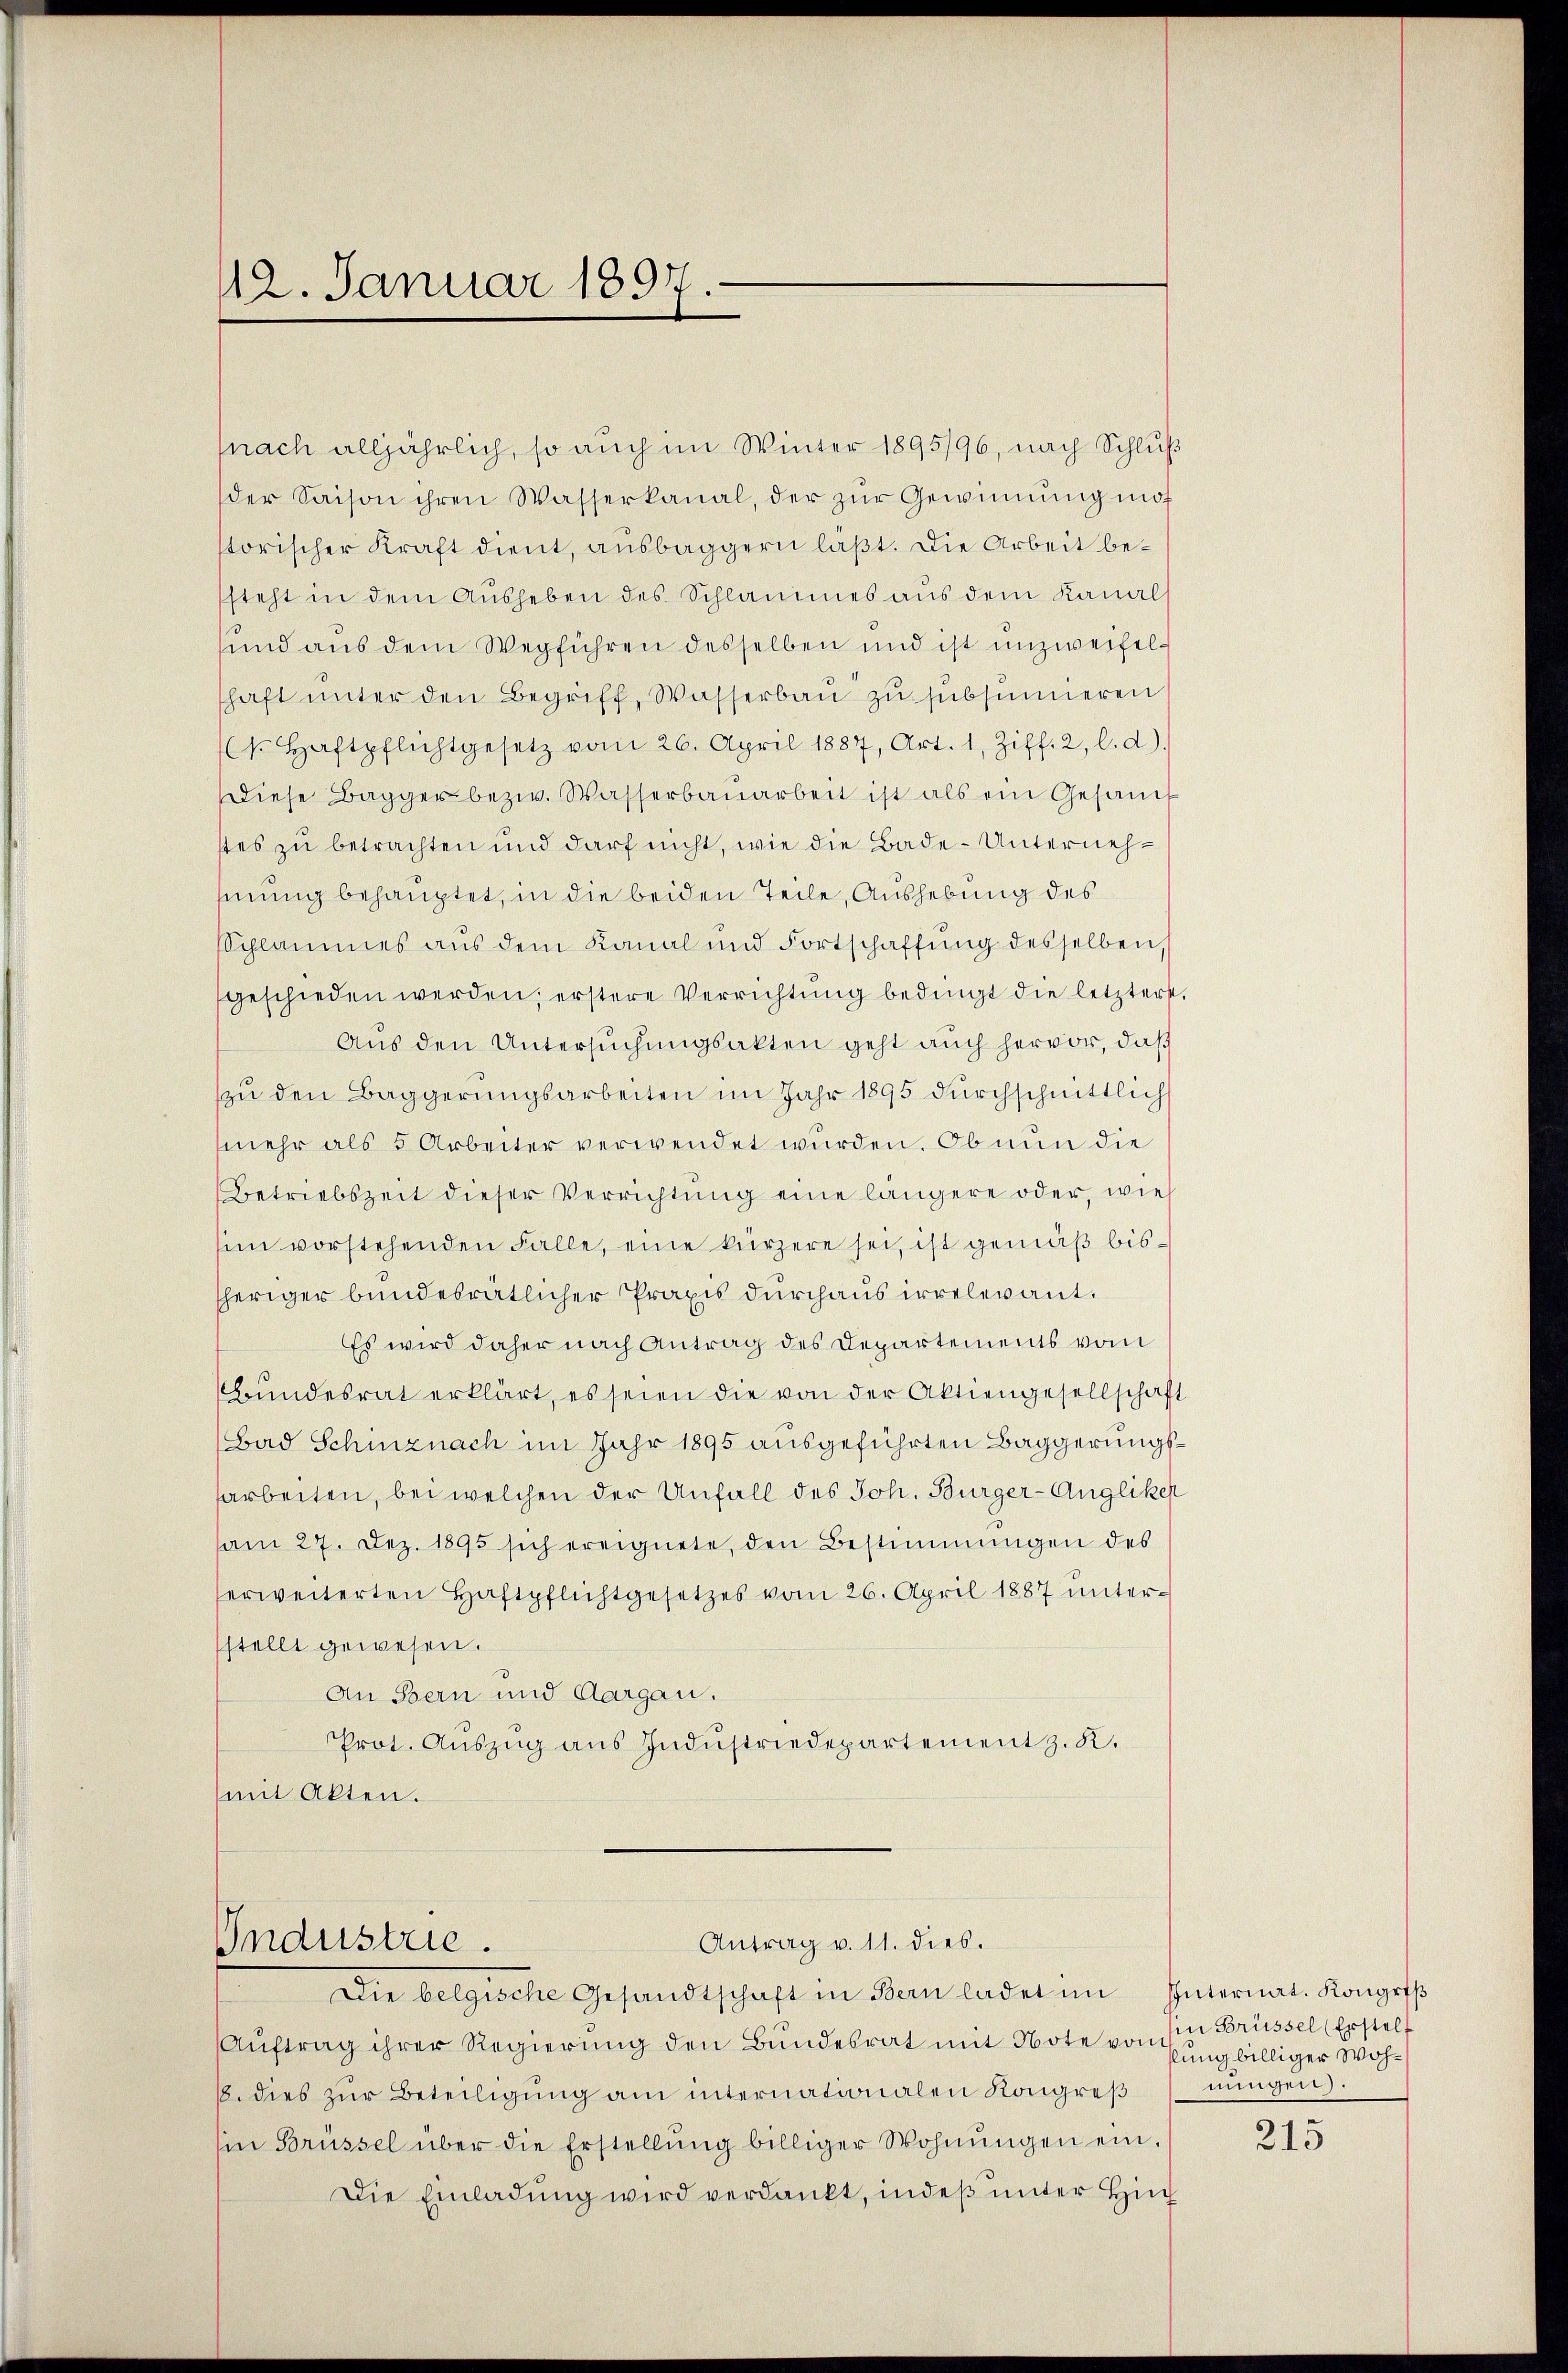
112. Januar 1891

(nach alljährlich, so auch im Winter 1895/96, nach Schluß
der Saison ihren Wasserkanal, der zŭr Gewinnung mot
storischer Kraft dient, ausbaggern läßt. Die Arbeit besteht in dem Ausheben des Schlammes aus dem Kanals
sund aus dem Wegführen desselben und ist unzweifelhaft unter den Begriff, Wasserbau zu subsumieren
t. Haftpflichtgesetz vom 26. April 1887, Art. 1, Ziff. 2, l. d).
Diese Bagger bezw. Wasserbaŭarbeit ist als ein Gesamt
stes zu betrachten und darf nicht, wie die Bade-Unternehhinung behauptet, in die beiden Teile, Aushebung des
Schlammes aus dem Kanal und Fortschaffŭng desselben,
geschieden werden, erstere Verrichtŭng bedingt die letztert.
Aus den Untersuchungsakten geht auch hervor, daß
zŭ den Baggerŭngsarbeiten im Jahr 1895 dŭrchschnittlich
mehr als 5 Arbeiter verwendet wurden. Ob nun die
Betriebszeit dieser Verrichtung eine längere oder, wie
im vorstehenden Falle, eine kürzere sei, ist gemäß bissheriger bundesrätlicher Praxis durchaus irrelevant.
Es wird daher nach Antrag des Departements vom
Bundesrat erklärt, es seien die von der Aktiengesellschaft
Bad Schinznach im Jahr 1895 ausgeführten Baggerungsarbeiten, bei welchen der Unfall des Joh. Burger-Angliker
am 27. Dez. 1895 sich ereignete, den Bestimmungen des
erweiterten Haftpflichtgesetzes vom 26. April 1887 unterstellt gewesen.
An Bern und Aargau.
Prot. Auszug aus Indŭstriedepartement z. K.
mit Akten.

Auftrag ihrer Regierung den Bundesrat mit Note von fung billiger Woh¬
18. dies zur Beteiligung am internationalen Kongreß
in Brüssel über die Erstellŭng billiger Wohnŭngen ein.
Die Einladung wird verdankt, indeß unter Hin

Industrie.

Antrag v. 11. dies.
Die belgische Gesandtschaft in Bern ladet im Internat. Kongriβ

in Brüssel (Erstell
nungen.

215